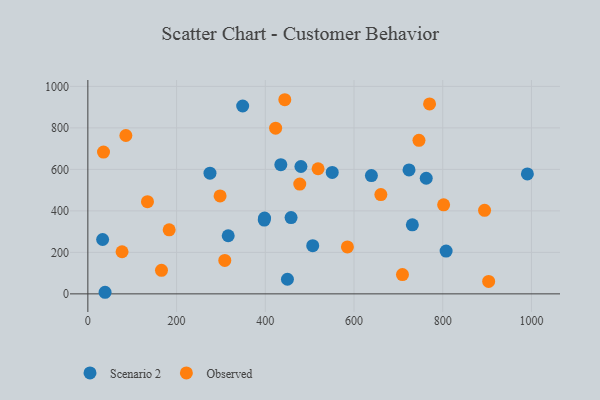
{"axis": {"x": "Ad Spend", "y": "Exam Score"}, "legend": ["Observed", "Scenario 2"], "data": [{"x": "397.7", "y": 355.6, "type": "Scenario 2"}, {"x": "724.0", "y": 597.1, "type": "Scenario 2"}, {"x": "807.6", "y": 206.2, "type": "Scenario 2"}, {"x": "33.3", "y": 262.0, "type": "Scenario 2"}, {"x": "480.3", "y": 613.8, "type": "Scenario 2"}, {"x": "458.1", "y": 367.7, "type": "Scenario 2"}, {"x": "731.5", "y": 332.9, "type": "Scenario 2"}, {"x": "506.9", "y": 232.5, "type": "Scenario 2"}, {"x": "275.3", "y": 581.5, "type": "Scenario 2"}, {"x": "990.8", "y": 578.2, "type": "Scenario 2"}, {"x": "38.8", "y": 7.7, "type": "Scenario 2"}, {"x": "762.8", "y": 557.2, "type": "Scenario 2"}, {"x": "349.0", "y": 905.3, "type": "Scenario 2"}, {"x": "550.9", "y": 585.4, "type": "Scenario 2"}, {"x": "435.0", "y": 622.6, "type": "Scenario 2"}, {"x": "398.3", "y": 365.6, "type": "Scenario 2"}, {"x": "639.2", "y": 569.9, "type": "Scenario 2"}, {"x": "449.9", "y": 70.5, "type": "Scenario 2"}, {"x": "316.4", "y": 280.1, "type": "Scenario 2"}, {"x": "770.3", "y": 915.6, "type": "Observed"}, {"x": "903.5", "y": 59.9, "type": "Observed"}, {"x": "477.7", "y": 529.1, "type": "Observed"}, {"x": "183.3", "y": 308.5, "type": "Observed"}, {"x": "585.1", "y": 226.3, "type": "Observed"}, {"x": "423.3", "y": 798.3, "type": "Observed"}, {"x": "134.4", "y": 444.4, "type": "Observed"}, {"x": "85.7", "y": 763.1, "type": "Observed"}, {"x": "77.1", "y": 203.1, "type": "Observed"}, {"x": "519.0", "y": 603.0, "type": "Observed"}, {"x": "894.3", "y": 402.5, "type": "Observed"}, {"x": "746.4", "y": 740.0, "type": "Observed"}, {"x": "35.3", "y": 683.3, "type": "Observed"}, {"x": "709.2", "y": 93.1, "type": "Observed"}, {"x": "444.0", "y": 935.6, "type": "Observed"}, {"x": "298.1", "y": 471.9, "type": "Observed"}, {"x": "660.5", "y": 478.5, "type": "Observed"}, {"x": "802.0", "y": 429.1, "type": "Observed"}, {"x": "166.0", "y": 113.5, "type": "Observed"}, {"x": "308.7", "y": 161.2, "type": "Observed"}]}